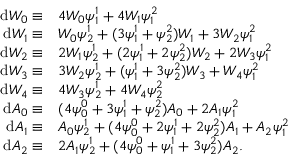
\begin{array} { r l } { \mathrm { d } W _ { 0 } \equiv } & { 4 W _ { 0 } \psi _ { 1 } ^ { 1 } + 4 W _ { 1 } \psi _ { 1 } ^ { 2 } } \\ { \mathrm { d } W _ { 1 } \equiv } & { W _ { 0 } \psi _ { 2 } ^ { 1 } + ( 3 \psi _ { 1 } ^ { 1 } + \psi _ { 2 } ^ { 2 } ) W _ { 1 } + 3 W _ { 2 } \psi _ { 1 } ^ { 2 } } \\ { \mathrm { d } W _ { 2 } \equiv } & { 2 W _ { 1 } \psi _ { 2 } ^ { 1 } + ( 2 \psi _ { 1 } ^ { 1 } + 2 \psi _ { 2 } ^ { 2 } ) W _ { 2 } + 2 W _ { 3 } \psi _ { 1 } ^ { 2 } } \\ { \mathrm { d } W _ { 3 } \equiv } & { 3 W _ { 2 } \psi _ { 2 } ^ { 1 } + ( \psi _ { 1 } ^ { 1 } + 3 \psi _ { 2 } ^ { 2 } ) W _ { 3 } + W _ { 4 } \psi _ { 1 } ^ { 2 } } \\ { \mathrm { d } W _ { 4 } \equiv } & { 4 W _ { 3 } \psi _ { 2 } ^ { 1 } + 4 W _ { 4 } \psi _ { 2 } ^ { 2 } } \\ { \mathrm { d } A _ { 0 } \equiv } & { ( 4 \psi _ { 0 } ^ { 0 } + 3 \psi _ { 1 } ^ { 1 } + \psi _ { 2 } ^ { 2 } ) A _ { 0 } + 2 A _ { 1 } \psi _ { 1 } ^ { 2 } } \\ { \mathrm { d } A _ { 1 } \equiv } & { A _ { 0 } \psi _ { 2 } ^ { 1 } + ( 4 \psi _ { 0 } ^ { 0 } + 2 \psi _ { 1 } ^ { 1 } + 2 \psi _ { 2 } ^ { 2 } ) A _ { 1 } + A _ { 2 } \psi _ { 1 } ^ { 2 } } \\ { \mathrm { d } A _ { 2 } \equiv } & { 2 A _ { 1 } \psi _ { 2 } ^ { 1 } + ( 4 \psi _ { 0 } ^ { 0 } + \psi _ { 1 } ^ { 1 } + 3 \psi _ { 2 } ^ { 2 } ) A _ { 2 } . } \end{array}